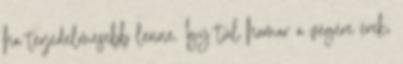
ha terjedelmesebb lenne. Így túl hamar a végére érek,